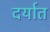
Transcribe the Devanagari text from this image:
दर्यात